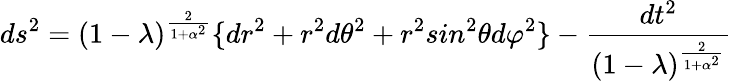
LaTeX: ds^{2}=(1-\lambda)^{\frac{2}{1+\alpha^{2}}}\lbrace dr^{2}+r^{2}d\theta^{2}+r^{2}sin^{2}\theta d\varphi^{2}\rbrace-{\frac{dt^{2}}{(1-\lambda)^{\frac{2}{1+\alpha^{2}}}}}